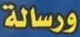
ورسالة